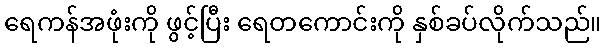
ရေကန်အဖုံးကို ဖွင့်ပြီး ရေတကောင်းကို နှစ်ခပ်လိုက်သည်။